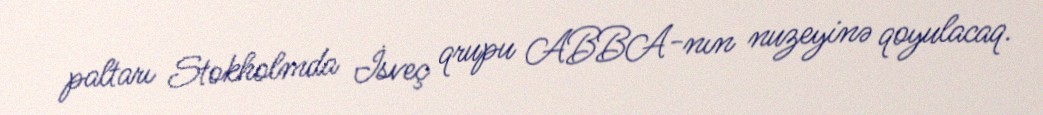
paltarı Stokholmda İsveç qrupu ABBA-nın nuzeyinə qoyulacaq.